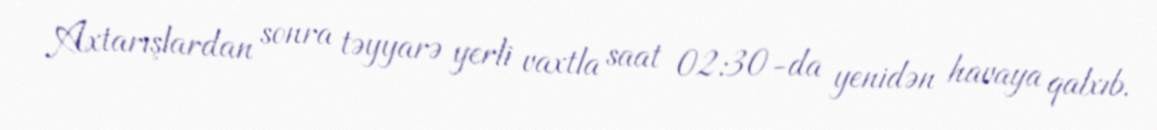
Axtarışlardan sonra təyyarə yerli vaxtla saat 02:30-da yenidən havaya qalxıb.